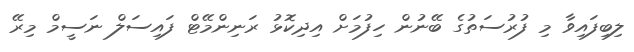
ލިބިފައިވާ މި ފުރުސަތުގެ ބޭނުން ހިފުމަށް އިދިކޮޅު ރަނިންމޭޓް ފައިސަލް ނަސީމް މިރޭ